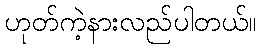
ဟုတ်ကဲ့နားလည်ပါတယ်။